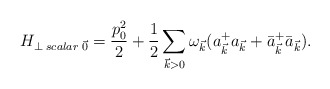
\begin{align*}H_{\perp \;scalar\;\vec{0}} = \frac{p_{0}^{2}}{2}+\frac{1}{2}\sum_{\vec{k}>0}\omega_{\vec{k}}(a_{\vec{k}}^{+}a_{\vec{k}} + \bar{a}_{\vec{k}}^{+}\bar{a}_{\vec{k}}).\end{align*}